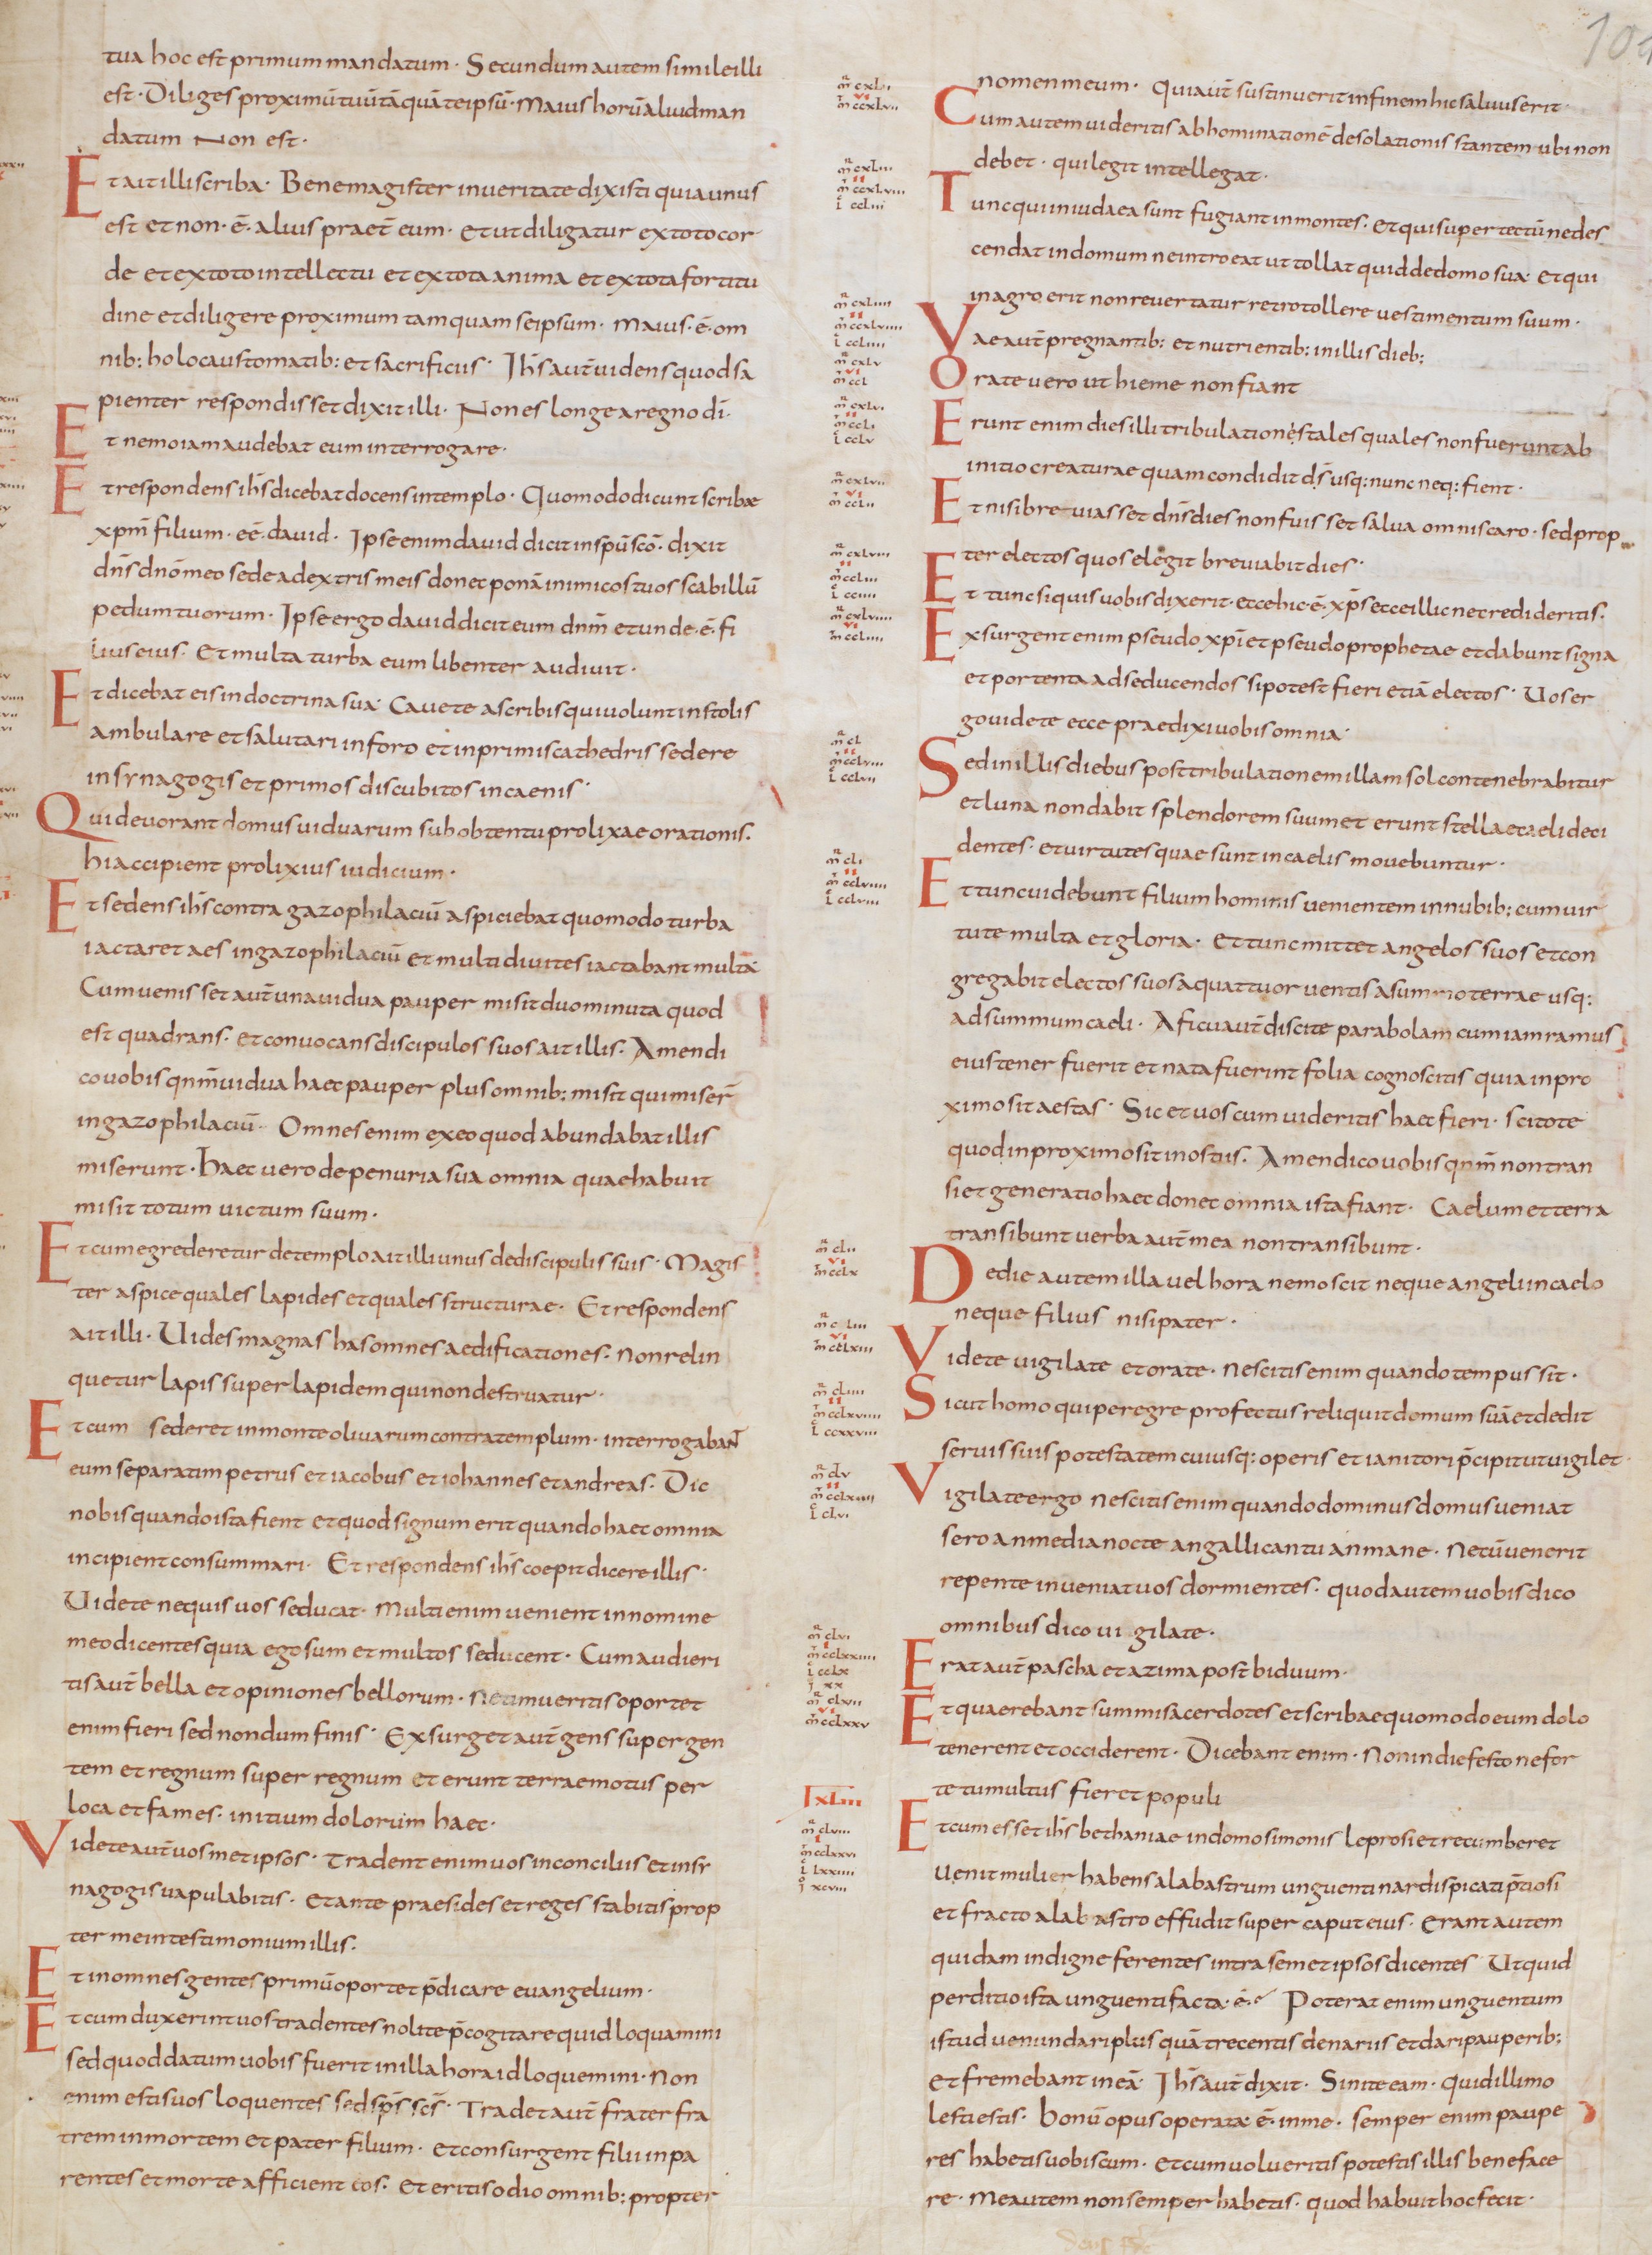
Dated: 805–845